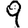
Digit: 9